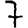
Digit: 7